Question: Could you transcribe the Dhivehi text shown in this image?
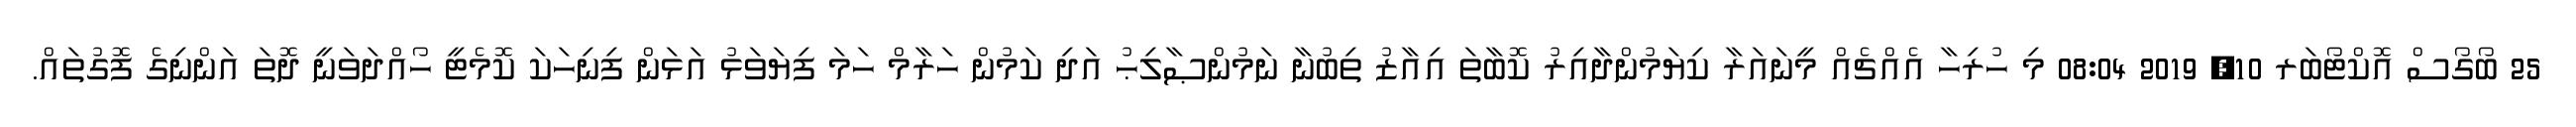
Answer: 25 ބޯގޯސް އޮކްޓޯބަރ 10, 2019 08:04 މި ހުރިހާ އެއްޗެއް މީނައަރާ ކިޔަމުންދާއިރު ކޮބާތަ އިއާޒު ތިބުނާ ނަމުންޞާލިޙު އަދި ކަމުން ހަރާމް ހަމަ ފިޔަވަޅު އަޅަން ފިނިހަކަ ކޮމެޓީ ހޯއްދަވަނީ ދޮތަ އަންނިގެ ފޮގުތައް.